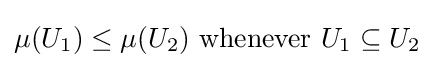
\mu (U_{1})\leq \mu (U_{2}){\text{ whenever }}U_{1}\subseteq U_{2}